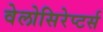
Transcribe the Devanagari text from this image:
वेलोसिरेप्टर्स